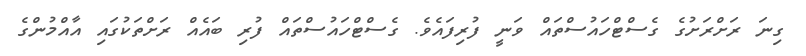
ގިނަ ރަށްރަށުގެ ގެސްޓްހައުސްތައް ވަނީ ފުރިފައެވެ. ގެސްޓްހައުސްތައް ފުރި ބައެއް ރަށްތަކުގައި އާއްމުންގެ